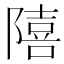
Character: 𨼩